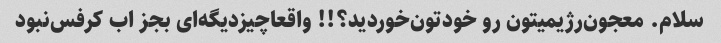
سلام‌. معجون‌رژیمیتون رو خودتون‌خوردید؟!! واقعا‌چیز‌دیگه‌ای بجز اب کرفس‌نبود